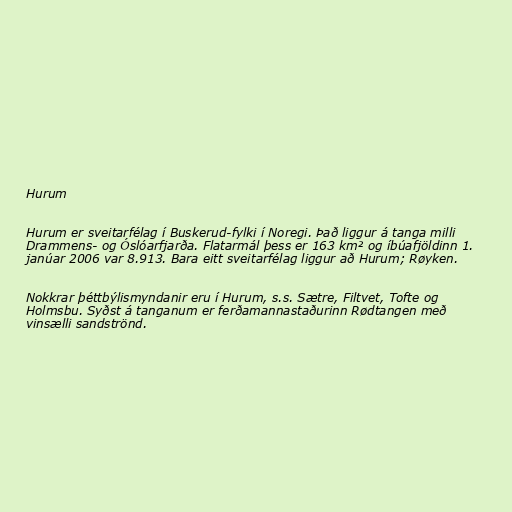
Hurum

Hurum er sveitarfélag í Buskerud-fylki í Noregi. Það liggur á tanga milli
Drammens- og Óslóarfjarða. Flatarmál þess er 163 km² og íbúafjöldinn 1.
janúar 2006 var 8.913. Bara eitt sveitarfélag liggur að Hurum; Røyken.

Nokkrar þéttbýlismyndanir eru í Hurum, s.s. Sætre, Filtvet, Tofte og
Holmsbu. Syðst á tanganum er ferðamannastaðurinn Rødtangen með
vinsælli sandströnd.